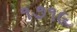
૧૭૧૯